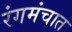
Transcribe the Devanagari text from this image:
रंगमंचात